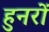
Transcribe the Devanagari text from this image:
हुनरों